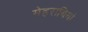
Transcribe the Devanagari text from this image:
मेहराबियां